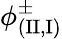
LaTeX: \phi_{(\mathrm{{II}},\mathrm{{I}})}^{\pm}